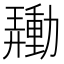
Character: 𰅙